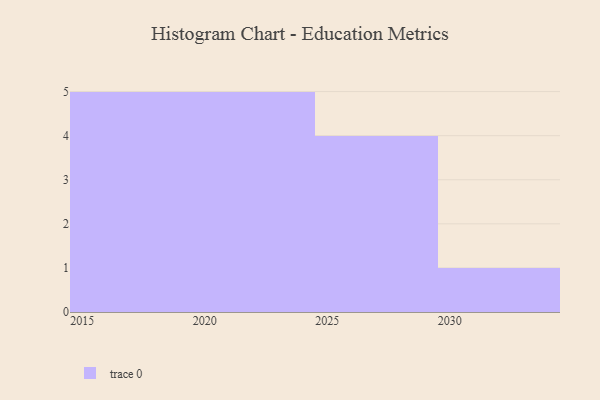
{"axis": {"x": "Year", "y": "Inventory Turnover"}, "legend": [""], "data": [{"x": "2030", "y": 21, "type": ""}, {"x": "2016", "y": 12, "type": ""}, {"x": "2019", "y": 60, "type": ""}, {"x": "2018", "y": 62, "type": ""}, {"x": "2023", "y": 80, "type": ""}, {"x": "2024", "y": 76, "type": ""}, {"x": "2029", "y": 2, "type": ""}, {"x": "2020", "y": 38, "type": ""}, {"x": "2022", "y": 6, "type": ""}, {"x": "2025", "y": 49, "type": ""}, {"x": "2028", "y": 95, "type": ""}, {"x": "2017", "y": 17, "type": ""}, {"x": "2026", "y": 53, "type": ""}, {"x": "2021", "y": 95, "type": ""}, {"x": "2015", "y": 27, "type": ""}]}